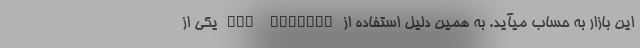
این بازار به حساب میآید. به همین دلیل استفاده از App Gallery یکی از